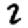
Digit: 2